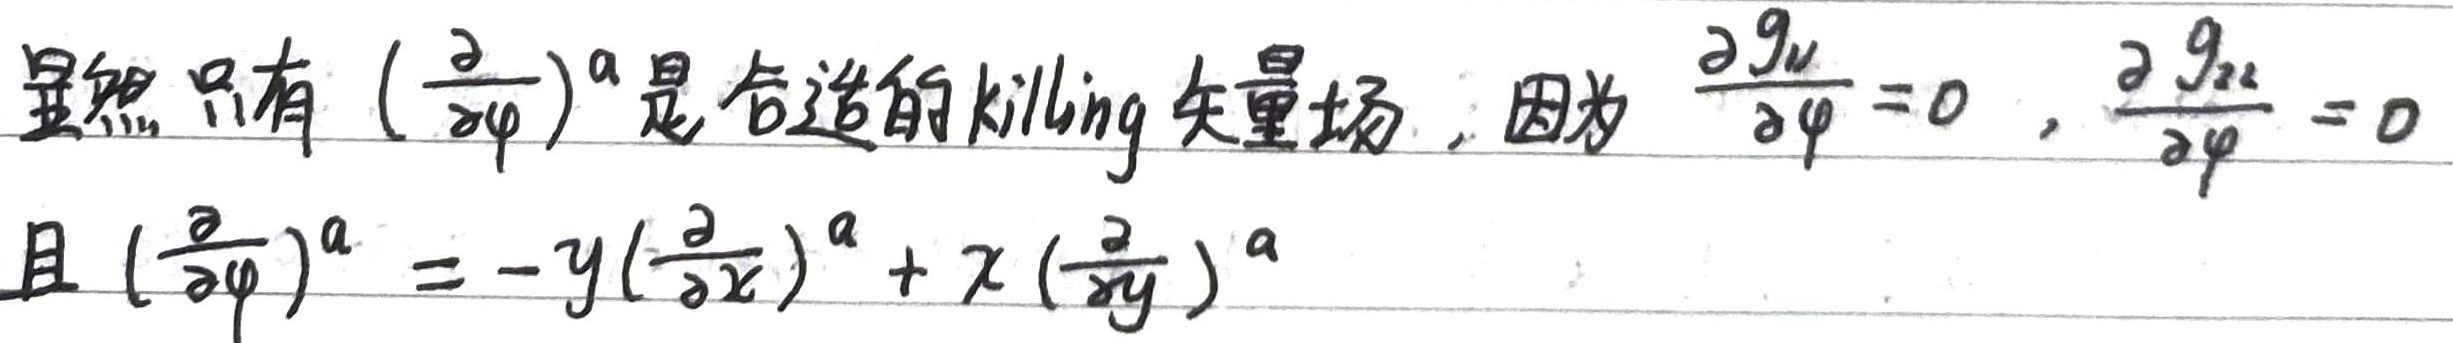
显然只有 $\left(\frac{\partial}{\partial \varphi}\right)^{a}$ 是合适的 Killing 矢量场，因为
\[
\frac{\partial g_{\mu \nu}}{\partial \varphi}=0,\quad\frac{\partial g_{\lambda \lambda}}{\partial \varphi}=0
\]
且
\[
\left(\frac{\partial}{\partial \varphi}\right)^{a}=-y\left(\frac{\partial}{\partial x}\right)^{a}+x\left(\frac{\partial}{\partial y}\right)^{a}
\]